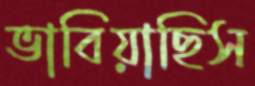
ভাবিয়াছিস